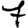
Digit: 7